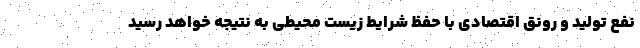
نفع تولید و رونق اقتصادی با حفظ شرایط زیست محیطی به نتیجه خواهد رسید